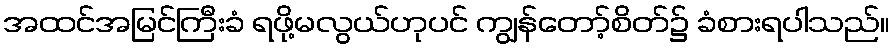
အထင်အမြင်ကြီးခံ ရဖို့မလွယ်ဟုပင် ကျွန်တော့်စိတ်၌ ခံစားရပါသည်။